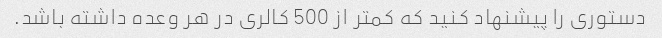
دستوری را پیشنهاد کنید که کمتر از 500 کالری در هر وعده داشته باشد.